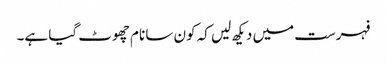
فہرست میں دیکھ لیں کہ کون سا نام چھوٹ گیا ہے۔